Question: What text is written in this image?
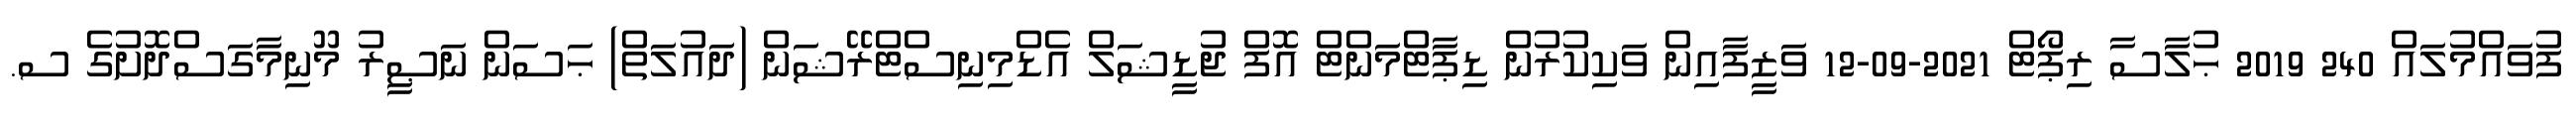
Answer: ފުވައްމުލައް 240 2019 ޙުލާސާ ރިޕޯޓް 2021-09-12 ވަޒީފާއިން ވަކިކުރުން ޑިޕާޓްމަންޓް އޮފް ޖުޑީޝަލް އެޑްމިނިސްޓްރޭޝަން (ދައުލަތް) ޙަސަން ނަޞީރު މޫނިމާގަސްދޮށުގެ ސ.